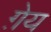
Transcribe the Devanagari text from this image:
ग़ेय